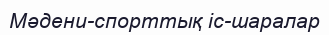
Мәдени-спорттық іс-шаралар